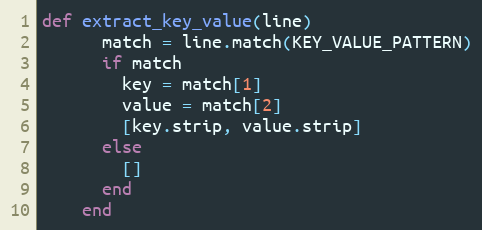
Language: Ruby
def extract_key_value(line)
      match = line.match(KEY_VALUE_PATTERN)
      if match
        key = match[1]
        value = match[2]
        [key.strip, value.strip]
      else
        []
      end
    end